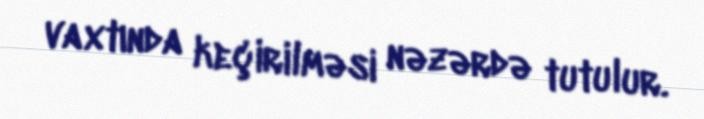
vaxtında keçirilməsi nəzərdə tutulur.